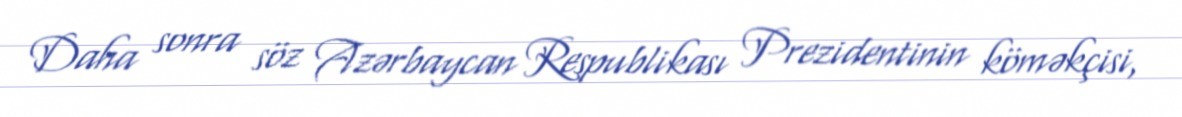
Daha sonra söz Azərbaycan Respublikası Prezidentinin köməkçisi,